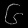
Digit: ၆